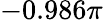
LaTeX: -0.986\pi